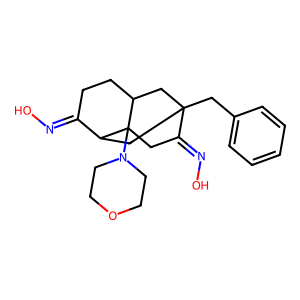
SMILES: ON=C1CCC2CC3(Cc4ccccc4)CC1C2(N1CCOCC1)CC3=NO
Inhibits HIV replication: No